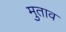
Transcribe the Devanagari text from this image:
मुताव